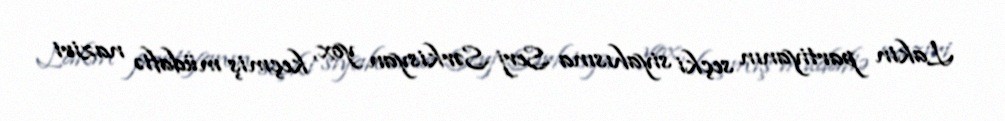
Lakin partiyanın seçki siyahısına Serj Sərkisyan yox, keçmiş müdafiə naziri